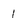
Character: 1